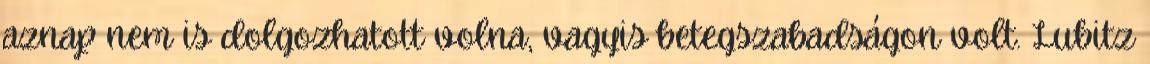
aznap nem is dolgozhatott volna, vagyis betegszabadságon volt. Lubitz